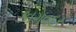
કાગવદર